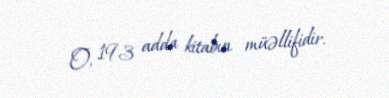
O, 193 adda kitabın müəllifidir.